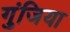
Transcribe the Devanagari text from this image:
गुंजिया